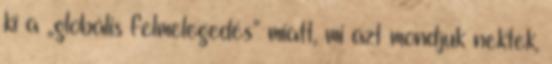
ki a „globális felmelegedés” miatt, mi azt mondjuk nektek,